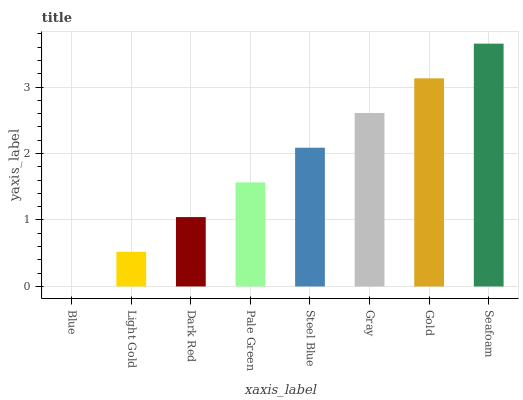
| xaxis_label | bars |
 | --- | --- |
 | Blue | 0 |
 | Light Gold | 0.522 |
 | Dark Red | 1.04 |
 | Pale Green | 1.57 |
 | Steel Blue | 2.09 |
 | Gray | 2.61 |
 | Gold | 3.13 |
 | Seafoam | 3.65 |